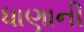
ધાણાની